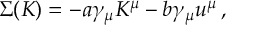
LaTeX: \Sigma ( K ) = - a \gamma _ { \mu } K ^ { \mu } - b \gamma _ { \mu } u ^ { \mu } \, ,